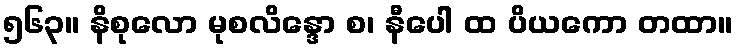
၅၆၃။ နိစုလော မုစလိန္ဒော စ၊ နီပေါ ထ ပိယကော တထာ။